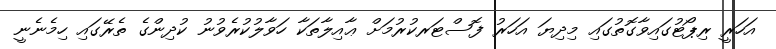
އަހަރީ ރިޕޯޓުގައިވާގޮތުގައި މިދިޔަ އަހަރު ފޮސްޓަރކުރުމަށް ޢާއިލާތަކާ ހަވާލުކުރެވުނު ކުދިންގެ ތެރޭގައި ހިމެނެނީ